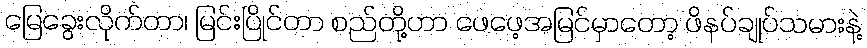
မြေခွေးလိုက်တာ၊ မြင်းပြိုင်တာ စည်တို့ဟာ ဖေဖေ့အမြင်မှာတော့ ဖိနပ်ချုပ်သမားနဲ့